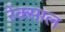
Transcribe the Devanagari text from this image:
रेक्साल